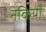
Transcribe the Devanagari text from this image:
नेकियाँ